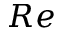
R e